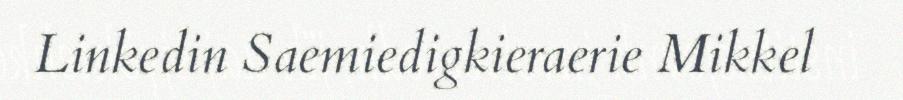
Linkedin Saemiedigkieraerie Mikkel